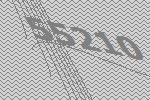
55210